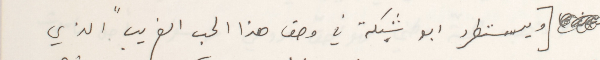
[ ويستطرد ابو شبكة في وصف هذا الحب الغريب " الذي